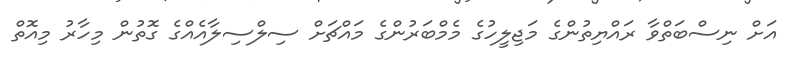
އަށް ނިސްބަތްވާ ރައްޔިތުންގެ މަޖިލީހުގެ މެމްބަރުންގެ މައްޗަށް ސިލްސިލާއެއްގެ ގޮތުން މިހާރު މިއޮތް